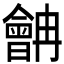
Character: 𱢷